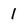
Character: 1